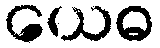
ယေဓ